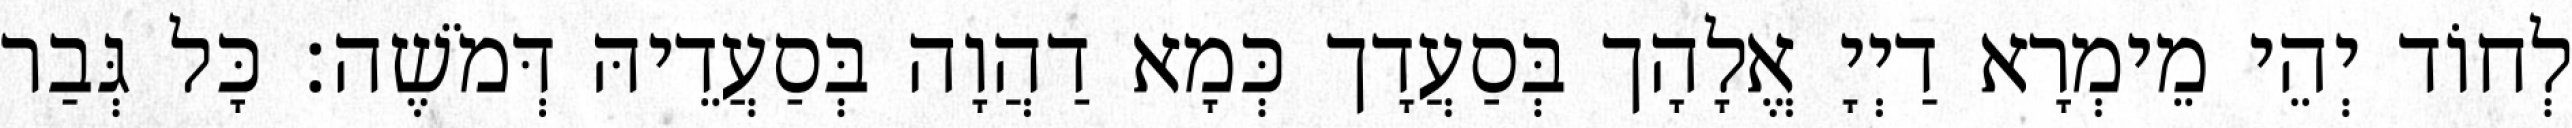
לְחוֹד יְהֵי מֵימְרָא דַיְיָ אֱלָהָך בְּסַעֲדָך כְּמָא דַהֲוָה בְּסַעֲדֵיהּ דְּמֹשֶׁה׃ כָּל גְּבַר